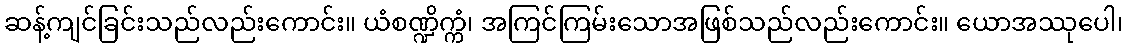
ဆန့်ကျင်ခြင်းသည်လည်းကောင်း။ ယံစဏ္ဍိက္ကံ၊ အကြင်ကြမ်းသောအဖြစ်သည်လည်းကောင်း။ ယောအဿုပေါ၊